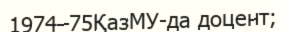
1974–75ҚазМУ-да доцент;